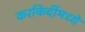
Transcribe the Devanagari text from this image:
करकिर्दीमध्ये